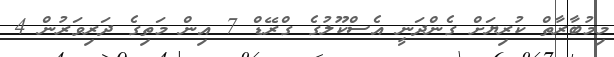
މިމުބާރާތް ކުރިޔަށް ގެންދަނީ އެސްކޫލުގެ ގްރޭޑް 7 އިން މަތިގެ ދަރިވަރުން 4